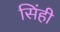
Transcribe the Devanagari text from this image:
सिंही